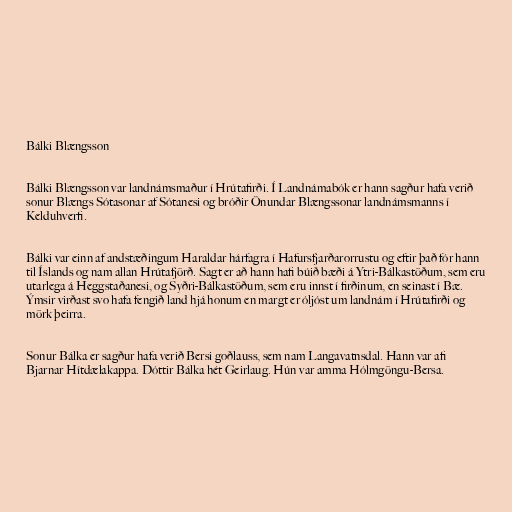
Bálki Blængsson

Bálki Blængsson var landnámsmaður í Hrútafirði. Í Landnámabók er hann sagður hafa verið
sonur Blængs Sótasonar af Sótanesi og bróðir Önundar Blængssonar landnámsmanns í
Kelduhverfi.

Bálki var einn af andstæðingum Haraldar hárfagra í Hafursfjarðarorrustu og eftir það fór hann
til Íslands og nam allan Hrútafjörð. Sagt er að hann hafi búið bæði á Ytri-Bálkastöðum, sem eru
utarlega á Heggstaðanesi, og Syðri-Bálkastöðum, sem eru innst í firðinum, en seinast í Bæ.
Ýmsir virðast svo hafa fengið land hjá honum en margt er óljóst um landnám í Hrútafirði og
mörk þeirra.

Sonur Bálka er sagður hafa verið Bersi goðlauss, sem nam Langavatnsdal. Hann var afi
Bjarnar Hítdælakappa. Dóttir Bálka hét Geirlaug. Hún var amma Hólmgöngu-Bersa.